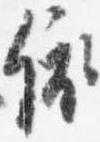
依